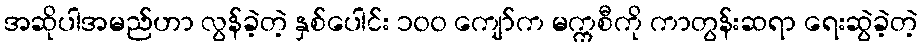
အဆိုပါအမည်ဟာ လွန်ခဲ့တဲ့ နှစ်ပေါင်း ၁၀၀ ကျော်က မက္ကစီကို ကာတွန်းဆရာ ရေးဆွဲခဲ့တဲ့